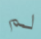
لم